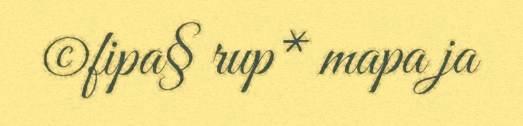
©fipa§ rup* mapa ja